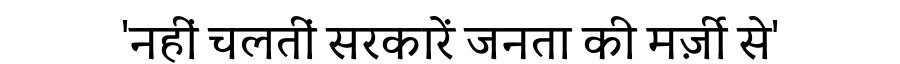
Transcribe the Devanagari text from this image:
'नहीं चलतीं सरकारें जनता की मर्ज़ी से'